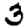
Digit: 3